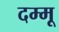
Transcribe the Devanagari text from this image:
दम्मू